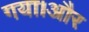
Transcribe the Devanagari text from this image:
गया।और